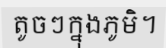
តូចៗក្នុងភូមិ។